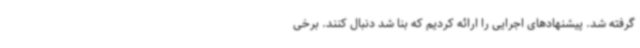
گرفته شد. پیشنهادهای اجرایی را ارائه کردیم که بنا شد دنبال کنند. برخی